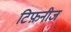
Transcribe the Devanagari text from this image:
टिफ़नीज